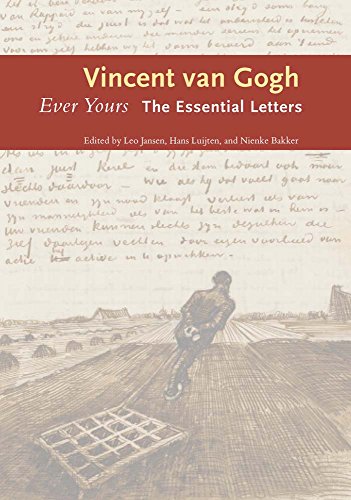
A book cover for Ever Yours: The Essential Letters; Vincent van Gogh; Literature & Fiction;